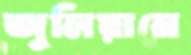
জুলিয়ানে